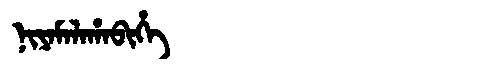
Manchu: ᠨᡳᠶᠠᠮᠠᠯᠠᡥᠠᠪᡳᡥᡝ
Romanization: NIYAMALAHABIHE